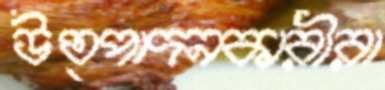
উত্পাদনকারীরা